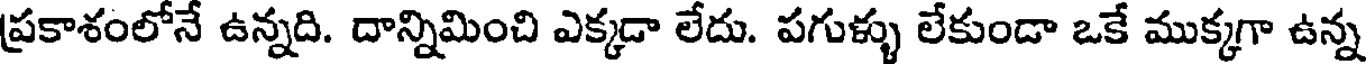
ప్రకాశంలోనే ఉన్నది. దాన్నిమించి ఎక్కడా లేదు. పగుళ్ళు లేకుండా ఒకే ముక్కగా ఉన్న